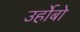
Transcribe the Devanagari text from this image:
उर्होबो